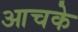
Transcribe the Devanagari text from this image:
आचके